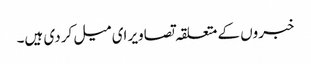
خبروں کے متعلقہ تصاویر ای میل کر دی ہیں۔